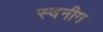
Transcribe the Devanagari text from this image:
स्वनीम